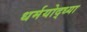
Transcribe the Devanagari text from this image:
धर्मयोद्ध्या